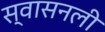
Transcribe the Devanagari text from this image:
स्वासनली